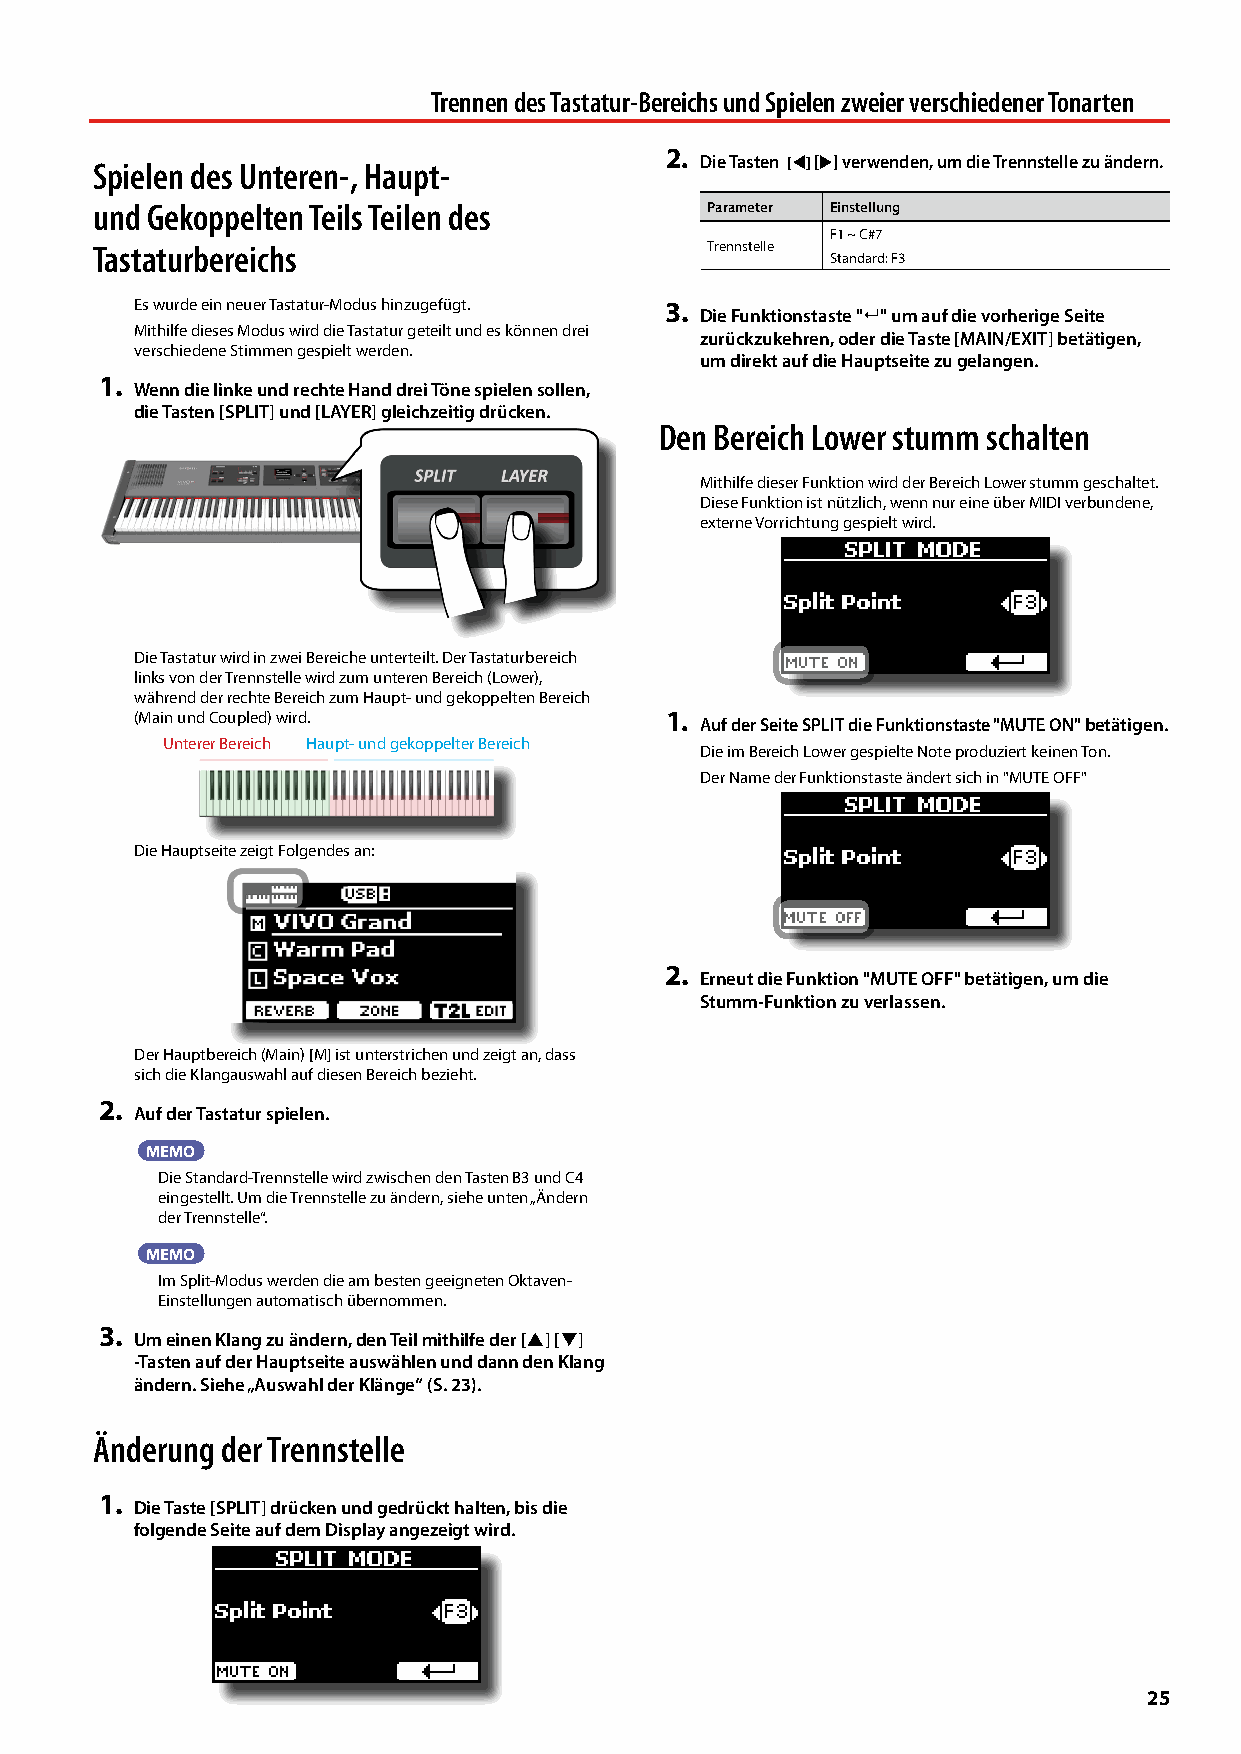
Trennen des Tastatur-Bereichs und Spielen zweier verschiedener Tonarten
 2.
 Spielen des Unteren-, Haupt-            Die Tasten [] [] verwenden, um die Trennstelle zu ändern.
 und Gekoppelten Teils Teilen des         Parameter Einstellung
 F1 ~ C#7
 Tastaturbereichs                         Trennstelle
 Standard: F3
 Es wurde ein neuer Tastatur-Modus hinzugefügt. 3.
 Die Funktionstaste " " um auf die vorherige Seite
 Mithilfe dieses Modus wird die Tastatur geteilt und es können drei
 zurückzukehren, oder die Taste [MAIN/EXIT] betätigen,
 verschiedene Stimmen gespielt werden.
 um direkt auf die Hauptseite zu gelangen.
 1.
 Wenn die linke und rechte Hand drei Töne spielen sollen,
 die Tasten [SPLIT] und [LAYER] gleichzeitig drücken.
 Den Bereich Lower stumm schalten
 Mithilfe dieser Funktion wird der Bereich Lower stumm geschaltet.
 Diese Funktion ist nützlich, wenn nur eine über MIDI verbundene,
 externe Vorrichtung gespielt wird.
 Die Tastatur wird in zwei Bereiche unterteilt. Der Tastaturbereich
 links von der Trennstelle wird zum unteren Bereich (Lower),
 während der rechte Bereich zum Haupt- und gekoppelten Bereich
 (Main und Coupled) wird.           1. Auf der Seite SPLIT die Funktionstaste "MUTE ON" betätigen.
 Unterer Bereich Haupt- und gekoppelter Bereich
 Die im Bereich Lower gespielte Note produziert keinen Ton.
 Der Name der Funktionstaste ändert sich in "MUTE OFF"
 Die Hauptseite zeigt Folgendes an:
 2.
 Erneut die Funktion "MUTE OFF" betätigen, um die
 Stumm-Funktion zu verlassen.
 Der Hauptbereich (Main) [M] ist unterstrichen und zeigt an, dass
 sich die Klangauswahl auf diesen Bereich bezieht.
 2.
 Auf der Tastatur spielen.
 MEMO
 Die Standard-Trennstelle wird zwischen den Tasten B3 und C4
 eingestellt. Um die Trennstelle zu ändern, siehe unten „Ändern
 der Trennstelle“.
 MEMO
 Im Split-Modus werden die am besten geeigneten Oktaven-
 Einstellungen automatisch übernommen.
 3.
 Um einen Klang zu ändern, den Teil mithilfe der [] []
 -Tasten auf der Hauptseite auswählen und dann den Klang
 ändern. Siehe „Auswahl der Klänge“ (S. 23).
 Änderung der Trennstelle
 1.
 Die Taste [SPLIT] drücken und gedrückt halten, bis die
 folgende Seite auf dem Display angezeigt wird.
 25